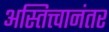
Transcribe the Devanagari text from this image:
अस्तित्त्वानंतर